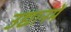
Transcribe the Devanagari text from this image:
उद्यानमें